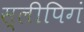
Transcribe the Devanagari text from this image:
स्लीपिगं